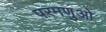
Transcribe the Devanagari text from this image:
परमणुओ